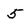
Character: 5